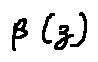
\beta ( z )